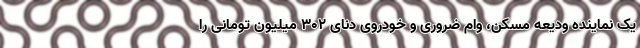
یک نماینده ودیعه مسکن، وام ضروری و خودروی دنای ۳۰۲ میلیون تومانی را